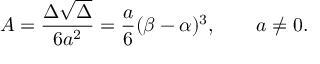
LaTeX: A = { \frac { \Delta { \sqrt { \Delta } } } { 6 a ^ { 2 } } } = { \frac { a } { 6 } } ( \beta - \alpha ) ^ { 3 } , \qquad a \neq 0 .